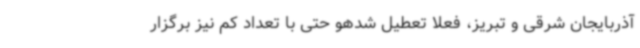
آذربایجان شرقی و تبریز، فعلا تعطیل شدهو حتی با تعداد کم نیز برگزار